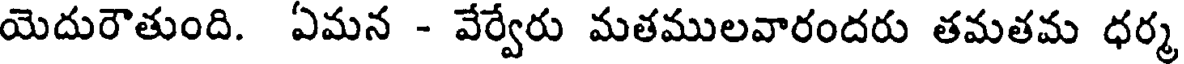
యెదురౌతుంది. ఏమన - వేర్వేరు మతములవారందరు తమతమ ధర్మ